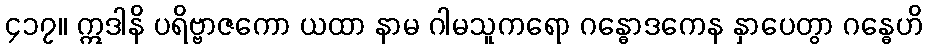
၄၁၇။ ဣဒါနိ ပရိဗ္ဗာဇကော ယထာ နာမ ဂါမသူကရော ဂန္ဓောဒကေန နှာပေတွာ ဂန္ဓေဟိ